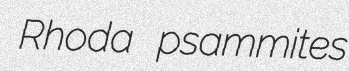
Rhoda psammites